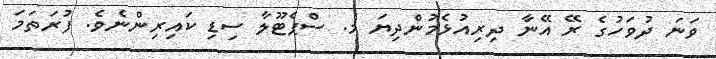
ވަނަ ދުވަހުގެ ރޭ އޭނާ ދިރިއުޅެމުންދިޔަ މ. ސްޕެޓޫލާ ސިޑި ކައިރިންނެވެ. ފުރަތަމަ